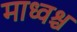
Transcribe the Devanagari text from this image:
माध्वश्च